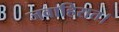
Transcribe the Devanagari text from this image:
जवाहिरात।